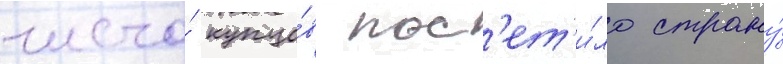
число́ купцо́в пос'ет'и́ло страну́